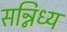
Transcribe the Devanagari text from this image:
सन्निध्य